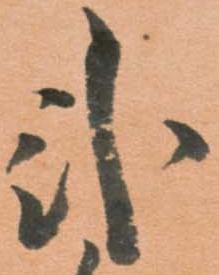
弐